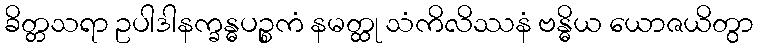
ခိတ္တသရာ ဥပါဒါနက္ခန္ဓပဉ္စကံ နမတ္ထု သံကိလိဿနံ ဗန္ဓိယ ယောဇယိတွာ